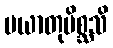
ပယာတုမိစ္ဆသိ